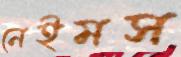
নেইমস